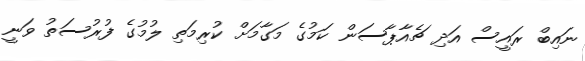
ނައިބް ރައީސް އަދި ޗެއާޕާސަން ކަމުގެ މަގާމަށް ކުރިމަތި ލުމުގެ ފުރުސަތު ވަނީ